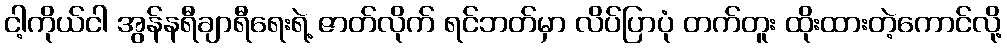
ငါ့ကိုယ်ငါ အွန်နရီချာရီရေးရဲ့ ဇာတ်လိုက် ရင်ဘတ်မှာ လိပ်ပြာပုံ တက်တူး ထိုးထားတဲ့ကောင်လို့